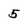
Character: 5